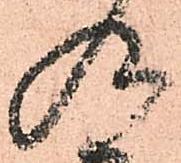
及